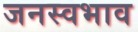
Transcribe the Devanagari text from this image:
जनस्वभाव